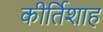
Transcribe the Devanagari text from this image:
कीर्तिशाह